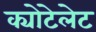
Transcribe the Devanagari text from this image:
क्योटेलेट